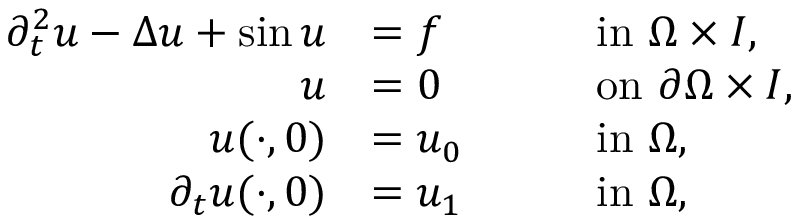
\begin{array} { r l r l } { \partial _ { t } ^ { 2 } u - \Delta u + \sin u } & { = f } & & { \quad \mathrm { i n } ~ \Omega \times I , } \\ { u } & { = 0 } & & { \quad \mathrm { o n } ~ \partial \Omega \times I , } \\ { u ( \cdot , 0 ) } & { = u _ { 0 } } & & { \quad \mathrm { i n } ~ \Omega , } \\ { \partial _ { t } u ( \cdot , 0 ) } & { = u _ { 1 } } & & { \quad \mathrm { i n } ~ \Omega , } \end{array}